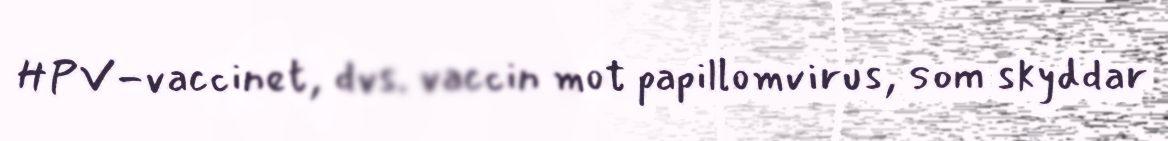
HPV-vaccinet, dvs. vaccin mot papillomvirus, som skyddar